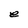
Character: e